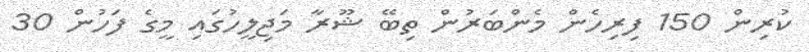
ކުރިން 150 ފިރިހެން މެންބަރުން ތިބޭ ޝޫރާ މަޖިލީހުގައި މީގެ ފަހުން 30